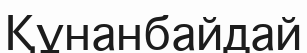
Құнанбайдай